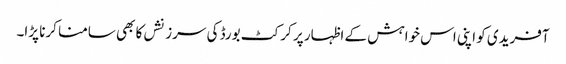
آفریدی کو اپنی اس خواہش کے اظہار پر کرکٹ بورڈ کی سرزنشں کا بھی سامنا کرنا پڑا۔